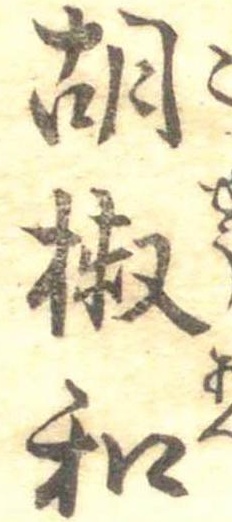
胡椒和